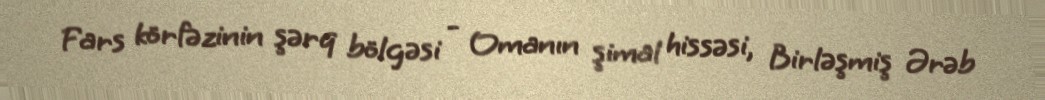
Fars körfəzinin şərq bölgəsi - Omanın şimal hissəsi, Birləşmiş Ərəb